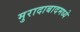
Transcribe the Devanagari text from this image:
मुरादाबादमध्ये